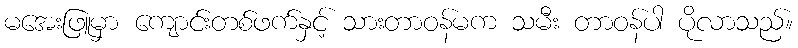
မအေးဖြူမှာ ကျောင်းတစ်ဖက်နှင့် သားတာဝန်မက သမီး တာဝန်ပါ ပိုလာသည်။